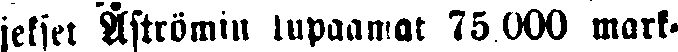
jekset Åströmin lupaawat 75.000 mark-